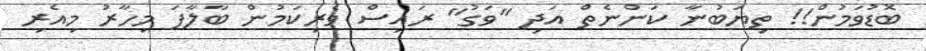
ބޮޑުވަމުން!! ތިޔަބުނާ ކަންނެތް އަދި "ވަގު" ރައިސް ވެރިކަމުން ބާލާފަ މިހާރު މިއެރި